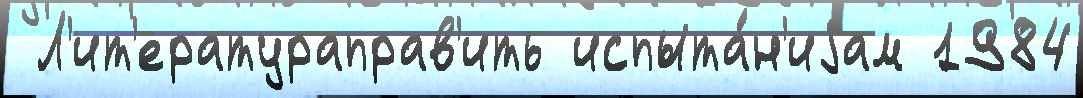
 Л'ит'ератураправ'ить испыта́н'иjам 1984